Report of the Hyderabad Chloroform Commission
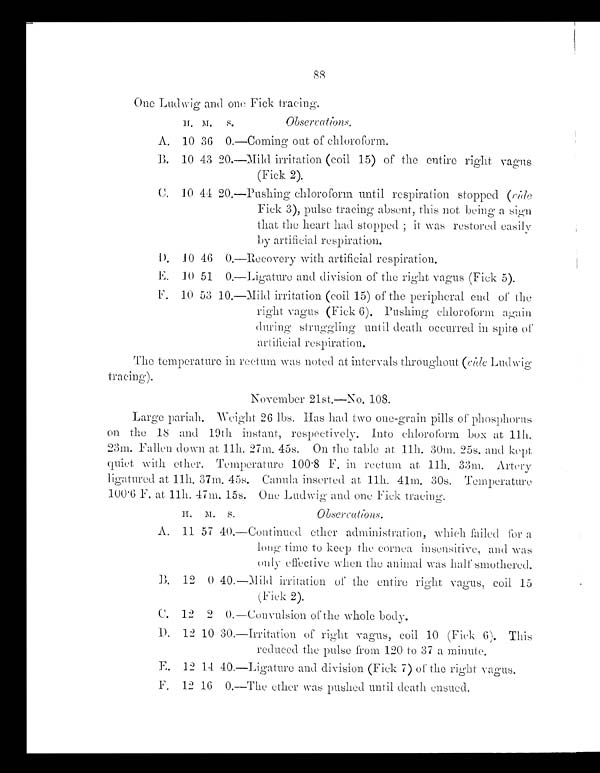
One Ludwig and one Fick tracing.
H. M. S. Obs e r va t i ons .
A. 10 36 0.—Coming out of chloroforms.
B. 10 43 20. —Mi l d i r r i t at i on ( coi l 15) of t he ent i r e r i ght vagus
(Fick 2).
C. 10 44 20.—Pushing chloroform until respiration stopped (vide
Fick 3), pulse tracing absent, this not being a sign
that the heart had stopped; it was restored easily
by artificial respiration.
D. 10 46 0.—Recovery with artificial respiration.
E. 10 51 0.—Ligature and division of the right Tagus (Fick 5).
F. 10 53 10.—Mild irritation (coil 15) of the peripheral end of the
right vagus (Fick 6). Pushing chloroform again
during struggling until death occurred in spite of
artificial respiration.
The temperature in rectum was noted at intervals throughout (vide Ludwig
tracing).
November 21st.—No. 108.
Large pariah. Weight 26 lbs. Has had two one-grain pills of phosphorus
on the 18 and 19th instant, respectively. Into chloroform box at 11h.
23m. Fallen down at 11h. 27m. 45s. On the table at 11h. 30m. 25s. and kept
quiet with ether. Temperature 100.8 F. in rectum at 11h. 33m. Artery
ligatured at 11. 37m. 45s. Canula inserted at 11h. 41m. 30s. Temperature
100.6 F. at 11. 47m. 15s. One Ludwig and one Fick tracing.
H. M. S. Observations.
A. 11 57 40.—Continued ether administration, which failed for a
long time to keep the cornea insensitive, and was
only effectiTe when the animal was half smothered.
B. 12 0 40.—Mild irritation of the entire right vagus, coil 15
(Fick 2).
C. 12 2 0.—Convulsion of the whole body.
D. 12 10 30. —I r r i t at i on of r i ght vagus , coi l 10 ( Fi ck 6) . Thi s
reduced the pulse from 120 to 37 a minute.
E. 12 14 40.—Ligature and division (Fick 7) of the right vagus.
F. 12 16 0.—The ether was pushed until Beath. ensued.